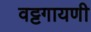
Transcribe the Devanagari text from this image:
वट्टगायणी